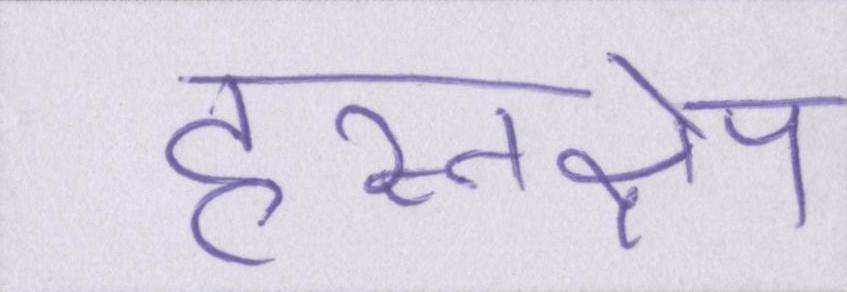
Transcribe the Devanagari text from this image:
हस्तक्षेप